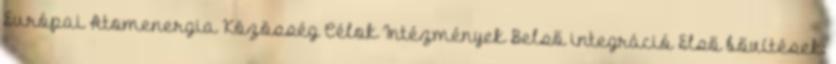
Európai Atomenergia Közösség Célok Intézmények Belső integráció Első bővítések: